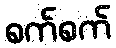
စက်စက်